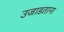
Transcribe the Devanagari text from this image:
उजाडताना